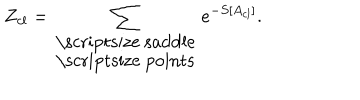
Z _ { c l } = \sum _ { \begin{array} { c } { { \mathrm { \scriptsize ~ s a d d l e } } } \\ { { \mathrm { \scriptsize ~ p o i n t s } } } \\ \end{array} } e ^ { - S [ A _ { c l } ] } .